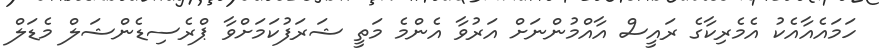
ހަމައެއާއެކު އެމެރިކާގެ ރައީސް އާއްމުންނަށް އަރުވާ އެންމެ މަތީ ޝަރަފުކަމަށްވާ ޕްރެސިޑެންޝަލް މެޑަލް